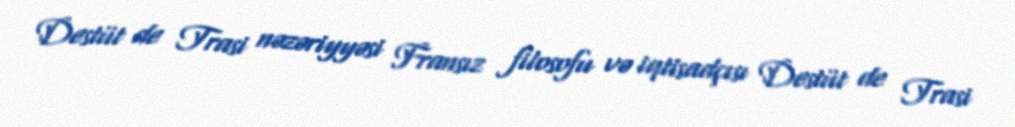
Destüt de Trasi nəzəriyyəsi Fransız filosofu və iqtisadçısı Destüt de Trasi